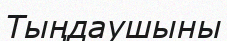
Тыңдаушыны